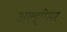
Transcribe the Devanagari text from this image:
अल्झीमर